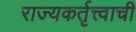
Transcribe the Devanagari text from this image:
राज्यकर्तृत्त्वाची